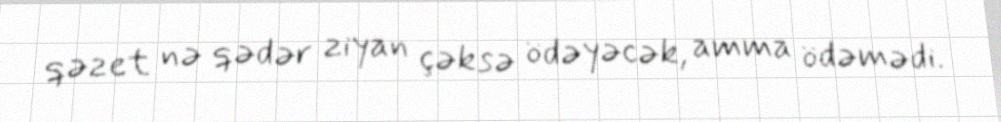
qəzet nə qədər ziyan çəksə ödəyəcək, amma ödəmədi.